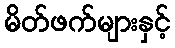
မိတ်ဖက်များနှင့်